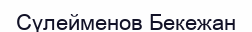
Сүлейменов Бекежан